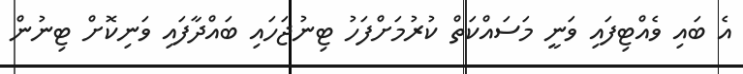
އެ ބައި ވެއްޓިފައި ވަނީ މަސައްކަތް ކުރުމަށްފަހު ޓިނުޖަހައި ބައްދާފައި ވަނިކޮށް ޓިނުން